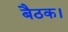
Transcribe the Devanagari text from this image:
बैठक।